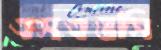
এসএওসি